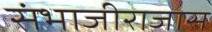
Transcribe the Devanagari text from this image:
संभाजीराजास